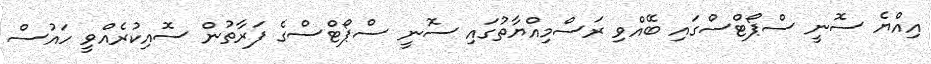
އިއްޔެ ސޮނީ ސްޕޯޓްސްގައި ބޭއްވި ރަސްމިއްޔާތުގައި ސޮނީ ސްޕޯޓްސްގެ ފަރާތުން ސޮއިކުރެއްވީ ހައުސް